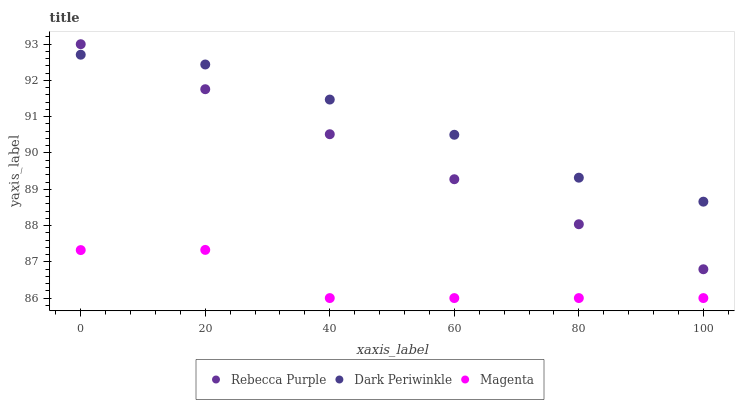
| xaxis_label | Rebecca Purple | Dark Periwinkle | Magenta |
 | --- | --- | --- | --- |
 | 0 | 93 | 92.7 | 87.3 |
 | 20 | 91.8 | 92.4 | 87.3 |
 | 40 | 90.5 | 91.5 | 86 |
 | 60 | 89.3 | 90.5 | 86 |
 | 80 | 88 | 89.3 | 86 |
 | 100 | 86.8 | 88.7 | 86 |